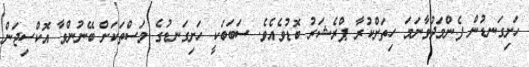
ހަށިގަނޑުން ފެންމަދުވާނަމަ ހިތަށްކުރާ ޕްރެޝަރު ބޮޑުވެއެވެ. ސަބަބަކީ ހަށިގަނޑުގެ މަސްތަކަށް ބޭނުންވާ އޮކްސިޖަން